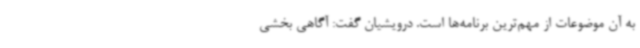
به آن موضوعات از مهم‌ترین برنامه‌ها است. درویشیان گفت: آگاهی بخشی